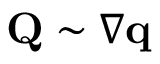
\mathbf Q \sim \nabla \mathbf q